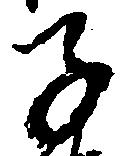
子